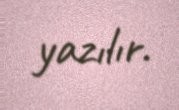
yazılır.